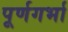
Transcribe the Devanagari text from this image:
पूर्णगर्भा